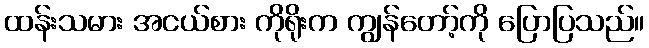
ထန်းသမား အငယ်စား ကိုရိုးက ကျွန်တော့်ကို ပြောပြသည်။